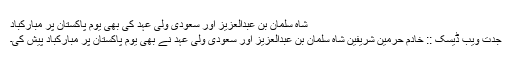
شاہ سلمان بن عبدالعزیز اور سعودی ولی عہد کی بھی یوم پاکستان پر مبارکباد
جدت ویب ڈیسک :: خادم حرمین شریفین شاہ سلمان بن عبدالعزیز اور سعودی ولی عہد نے بھی یوم پاکستان پر مبارکباد پیش کی۔